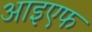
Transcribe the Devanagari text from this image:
आइएफ